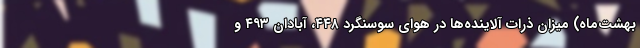
بهشت‌ماه) میزان ذرات آلاینده‌ها در هوای سوسنگرد ۴۴۸، آبادان ۴۹۳ و